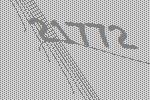
21772